Indian journal of veterinary science and animal husbandry - Volumes 26-27, 1956-1957
Year: 1956
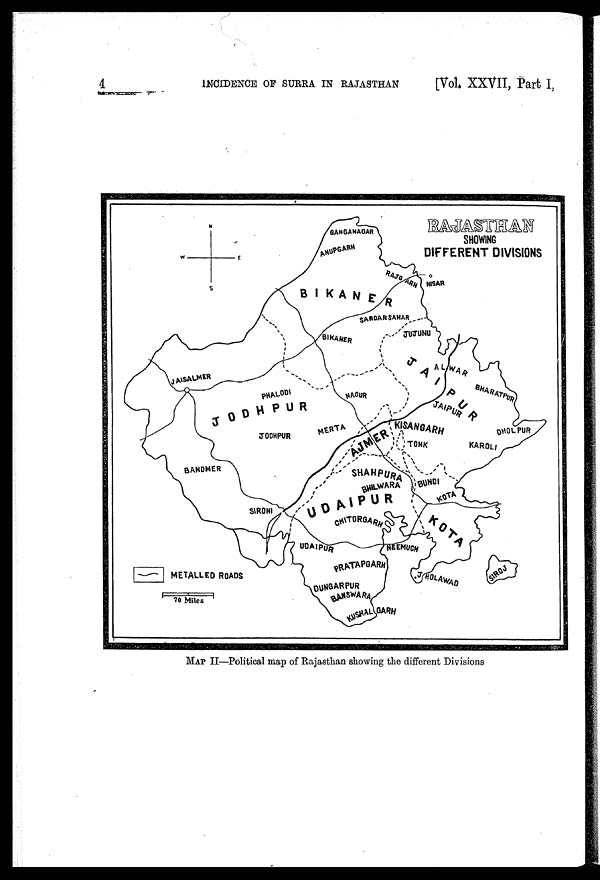
4
INCIDENCE OF SURRA IN RAJASTHAN
[Vol.
XXVII, Part I,
MAP II—Political map of Rajasthan showing the different Divisions